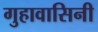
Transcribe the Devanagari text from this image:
गुहावासिनी